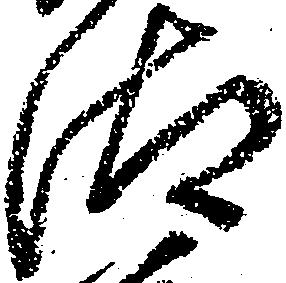
汰